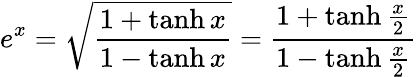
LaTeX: e^{x}={\sqrt{\frac{1+\operatorname{tanh}x}{1-\operatorname{tanh}x}}}={\frac{1+\operatorname{tanh}{\frac{x}{2}}}{1-\operatorname{tanh}{\frac{x}{2}}}}